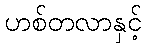
ဟစ်တလာနှင့်